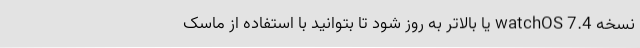
نسخه watchOS 7.4 یا بالاتر به روز شود تا بتوانید با استفاده از ماسک